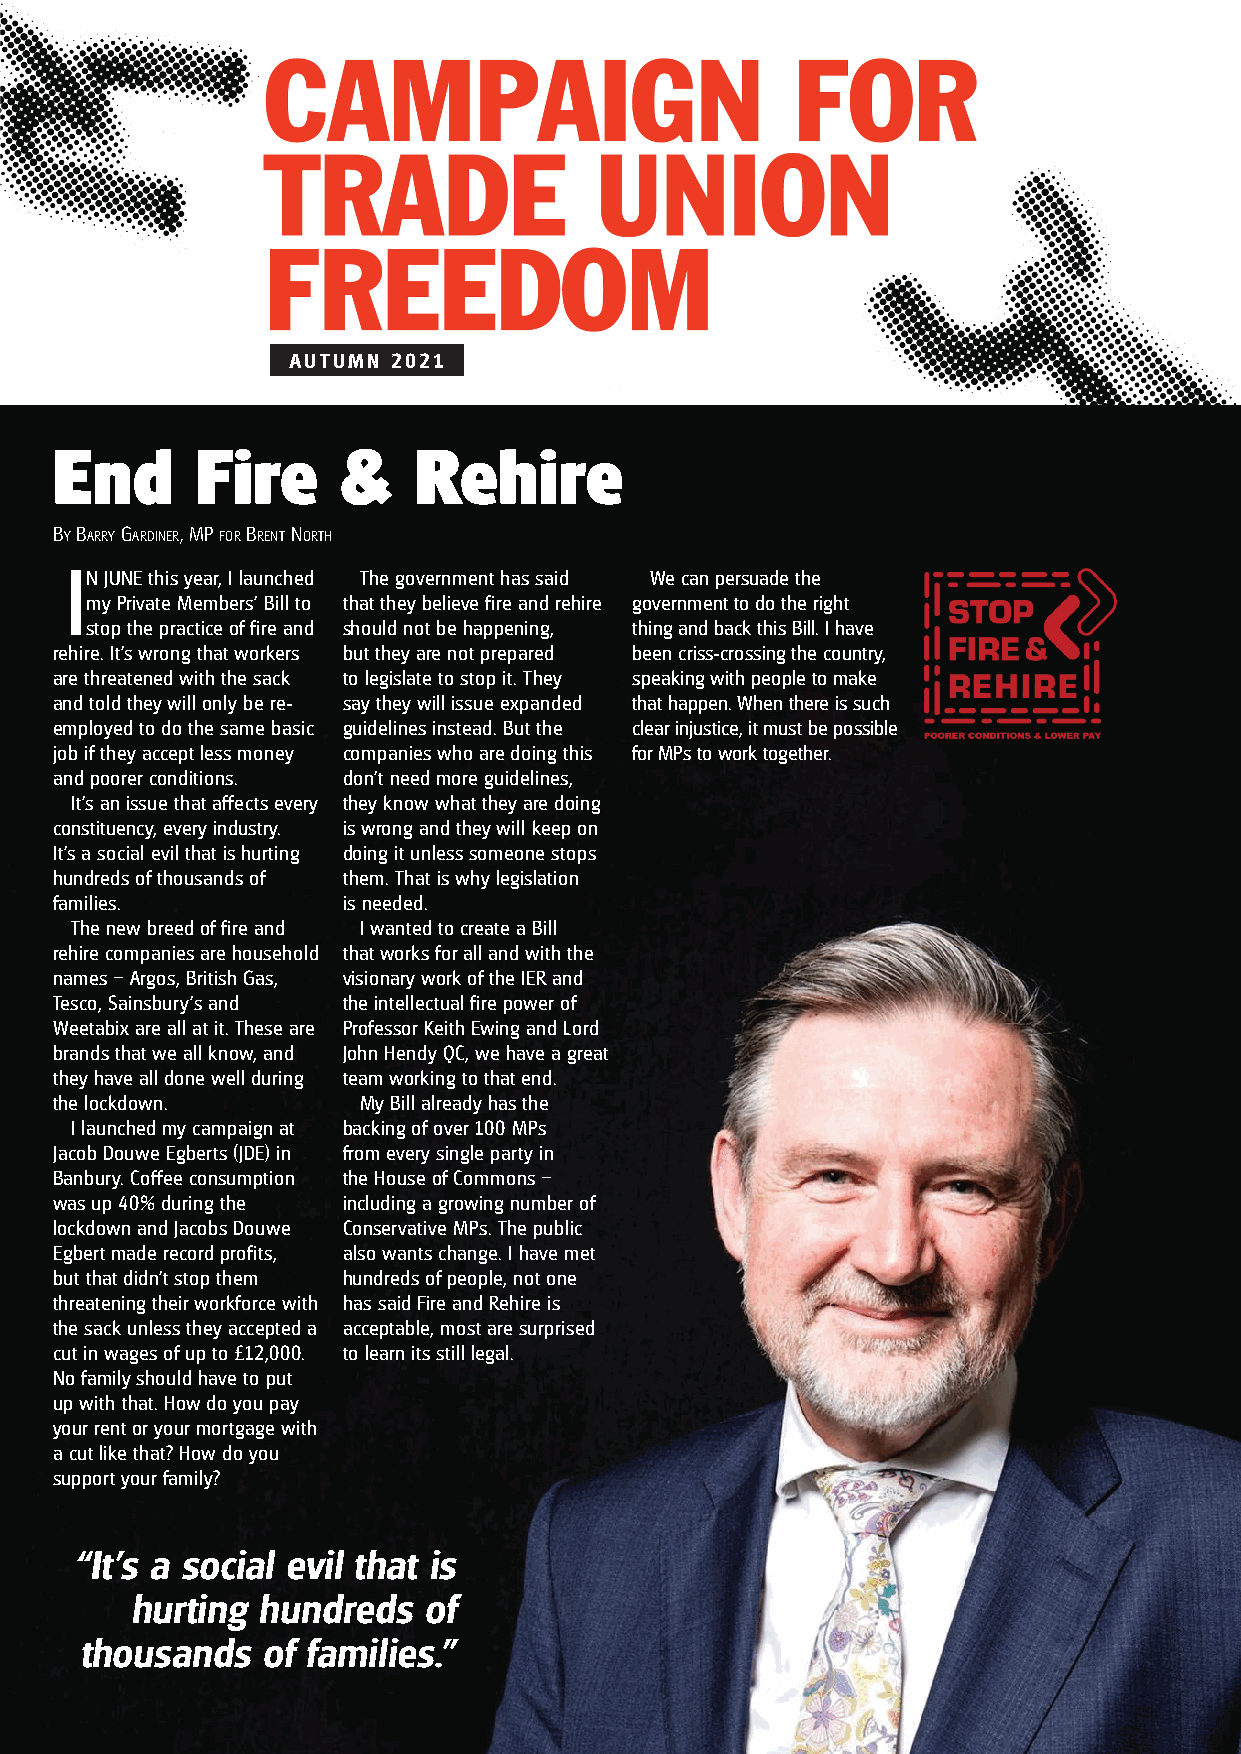
AUTUMN 2021
 End      Fire     &    Rehire
 By Barry Gardiner, MP for Brent north
 IN JUNE this year, I launched The government has said We can persuade the
 my Private Members’ Bill to that they believe fire and rehire government to do the right
 stop the practice of fire and should not be happening, thing and back this Bill. I have
 rehire. It’s wrong that workers but they are not prepared been criss-crossing the country,
 are threatened with the sack to legislate to stop it. They speaking with people to make
 and told they will only be re- say they will issue expanded that happen. When there is such
 employed to do the same basic guidelines instead. But the clear injustice, it must be possible
 job if they accept less money companies who are doing this for MPs to work together.
 and poorer conditions. don’t need more guidelines,
 It’s an issue that affects every they know what they are doing
 constituency, every industry. is wrong and they will keep on
 It’s a social evil that is hurting doing it unless someone stops
 hundreds of thousands of them. That is why legislation
 families.          is needed.
 The new breed of fire and I wanted to create a Bill
 rehire companies are household that works for all and with the
 names – Argos, British Gas, visionary work of the IER and
 Tesco, Sainsbury’s and the intellectual fire power of
 Weetabix are all at it. These are Professor Keith Ewing and Lord
 brands that we all know, and John Hendy QC, we have a great
 they have all done well during team working to that end.
 the lockdown.       My Bill already has the
 I launched my campaign at backing of over 100 MPs
 Jacob Douwe Egberts (JDE) in from every single party in
 Banbury. Coffee consumption the House of Commons –
 was up 40% during the including a growing number of
 lockdown and Jacobs Douwe Conservative MPs. The public
 Egbert made record profits, also wants change. I have met
 but that didn’t stop them hundreds of people, not one
 threatening their workforce with has said Fire and Rehire is
 the sack unless they accepted a acceptable, most are surprised
 cut in wages of up to £12,000. to learn its still legal.
 No family should have to put
 up with that. How do you pay
 your rent or your mortgage with
 a cut like that? How do you
 support your family?
 “It’s a social evil that is
 hurting hundreds   of
 thousands   of families.”